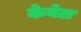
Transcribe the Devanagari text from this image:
केवेल